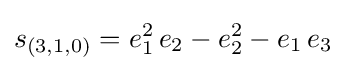
s_{(3,1,0)}=e_{1}^{2}\,e_{2}-e_{2}^{2}-e_{1}\,e_{3}